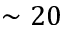
\sim 2 0